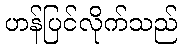
ဟန်ပြင်လိုက်သည်